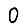
Digit: 0